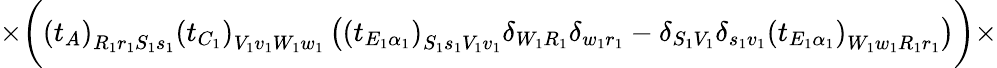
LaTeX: \times\bigg(\left(t_{A}\right)_{R_{1}r_{1}S_{1}s_{1}}\left(t_{C_{1}}\right)_{V_{1}v_{1}W_{1}w_{1}}\left(\left(t_{E_{1}\alpha_{1}}\right)_{S_{1}s_{1}V_{1}v_{1}}\delta_{W_{1}R_{1}}\delta_{w_{1}r_{1}}-\delta_{S_{1}V_{1}}\delta_{s_{1}v_{1}}\left(t_{E_{1}\alpha_{1}}\right)_{W_{1}w_{1}R_{1}r_{1}}\right)\bigg)\times